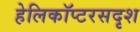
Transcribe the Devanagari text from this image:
हेलिकॉप्टरसदृश